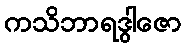
ကသိဘာရဒွါဇော